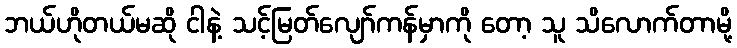
ဘယ်ဟိုတယ်မဆို ငါနဲ့ သင့်မြတ်လျော်ကန်မှာကို တော့ သူ သိလောက်တာမို့